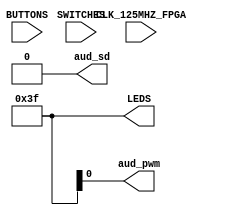
`timescale 1ns/1ns

module z1top (
    input CLK_125MHZ_FPGA,
    input [3:0] BUTTONS,
    input [1:0] SWITCHES,
    output [5:0] LEDS,
    output aud_pwm,
    output aud_sd
);
    // TODO(you): Your code here. Remove the following lines once you add your implementation.
    assign LEDS[5:0] = 6'b111111;
    assign aud_sd = 0;
endmodule